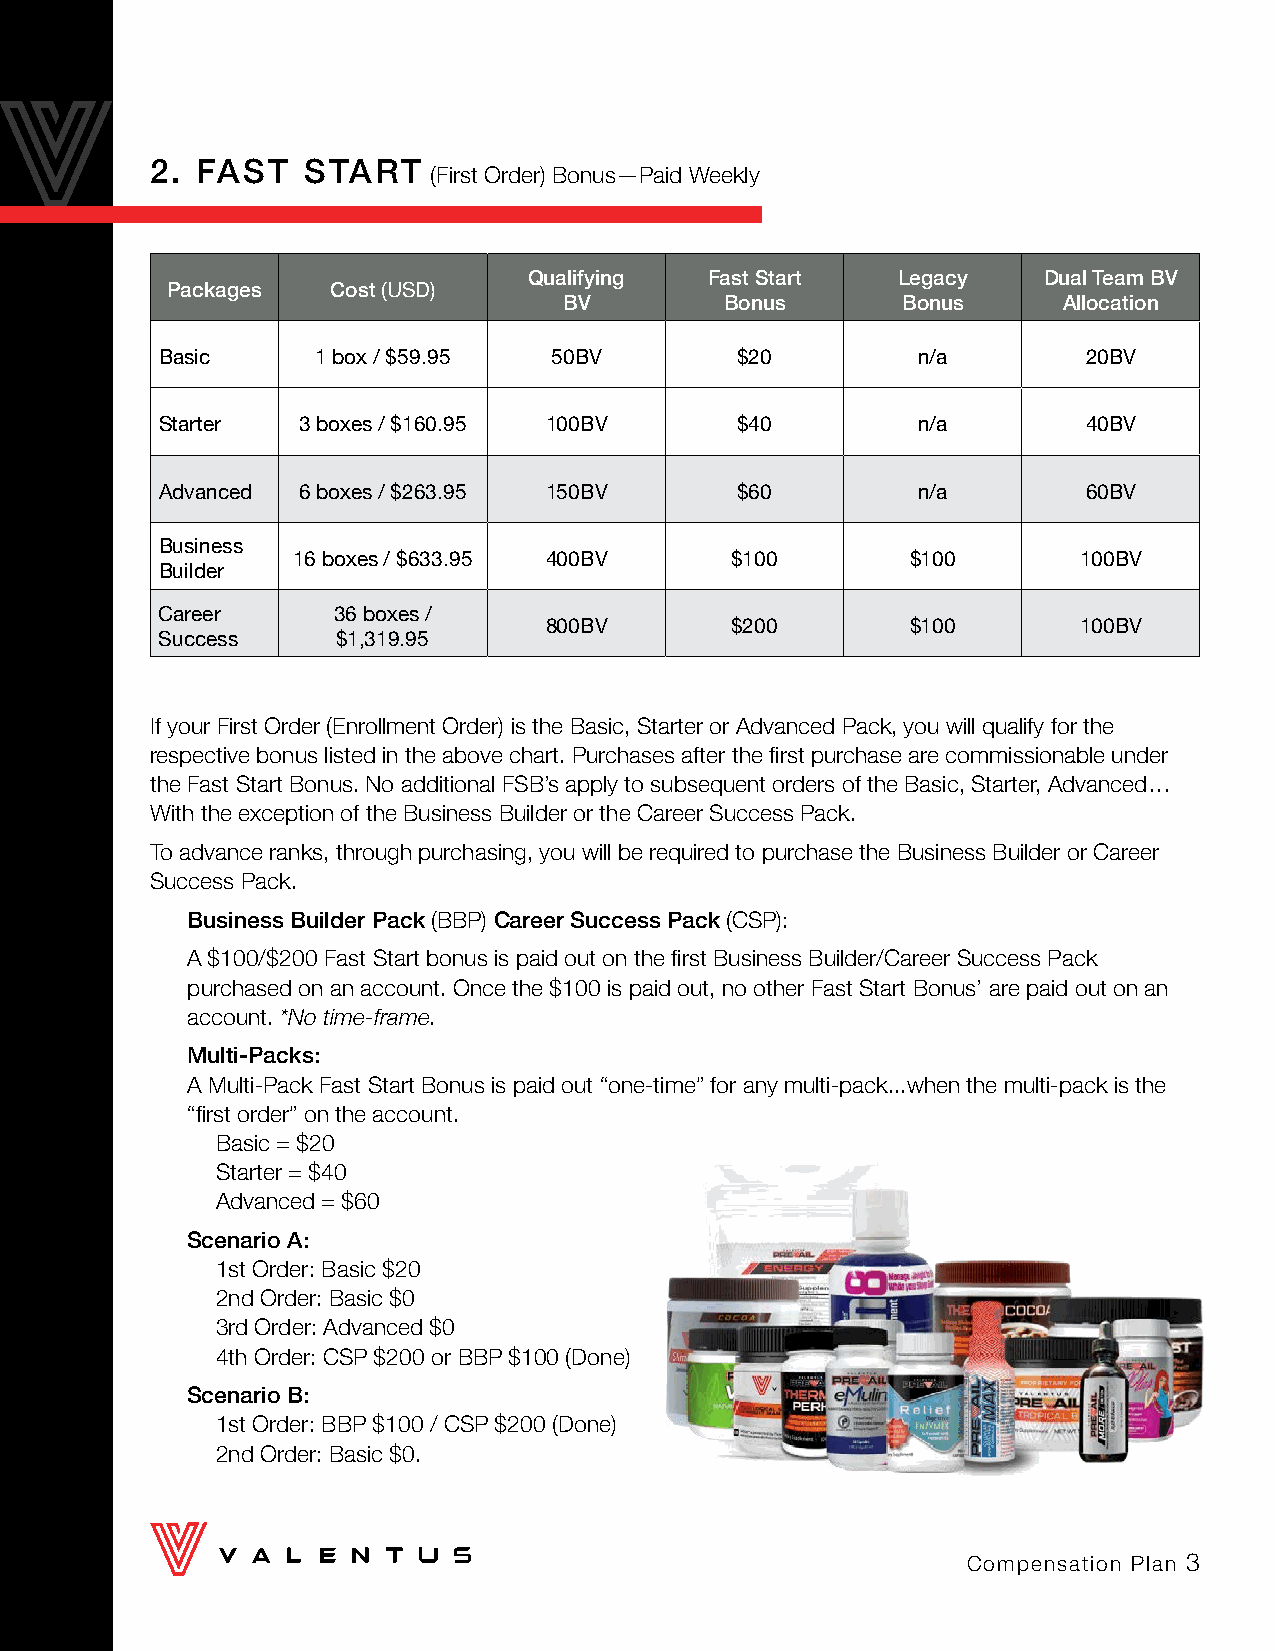
2. FAST   START
 (First Order) Bonus—Paid Weekly
 Qualifying  Fast Start  Legacy    Dual Team BV
 Packages   Cost (USD)
 BV         Bonus       Bonus     Allocation
 Basic      1 box / $59.95  50BV        $20         n/a        20BV
 Starter   3 boxes / $160.95 100BV      $40         n/a        40BV
 Advanced  6 boxes / $263.95 150BV      $60         n/a        60BV
 Business
 16 boxes / $633.95 400BV     $100        $100        100BV
 Builder
 Career      36 boxes /
 800BV       $200        $100        100BV
 Success     $1,319.95
 If your First Order (Enrollment Order) is the Basic, Starter or Advanced Pack, you will qualify for the
 respective bonus listed in the above chart. Purchases after the first purchase are commissionable under
 the Fast Start Bonus. No additional FSB’s apply to subsequent orders of the Basic, Starter, Advanced…
 With the exception of the Business Builder or the Career Success Pack.
 To advance ranks, through purchasing, you will be required to purchase the Business Builder or Career
 Success Pack.
 Business Builder Pack (BBP) Career Success Pack (CSP):
 A $100/$200 Fast Start bonus is paid out on the first Business Builder/Career Success Pack
 purchased on an account. Once the $100 is paid out, no other Fast Start Bonus’ are paid out on an
 account. *No time-frame.
 Multi-Packs:
 A Multi-Pack Fast Start Bonus is paid out “one-time” for any multi-pack...when the multi-pack is the
 “first order” on the account.
 Basic = $20
 Starter = $40
 Advanced = $60
 Scenario A:
 1st Order: Basic $20
 2nd Order: Basic $0
 3rd Order: Advanced $0
 4th Order: CSP $200 or BBP $100 (Done)
 Scenario B:
 1st Order: BBP $100 / CSP $200 (Done)
 2nd Order: Basic $0.
 Compensation Plan 3